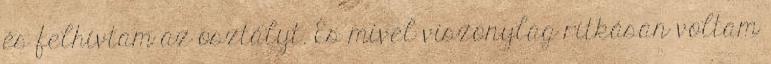
és felhívtam az osztályt. És mivel viszonylag ritkásan voltam